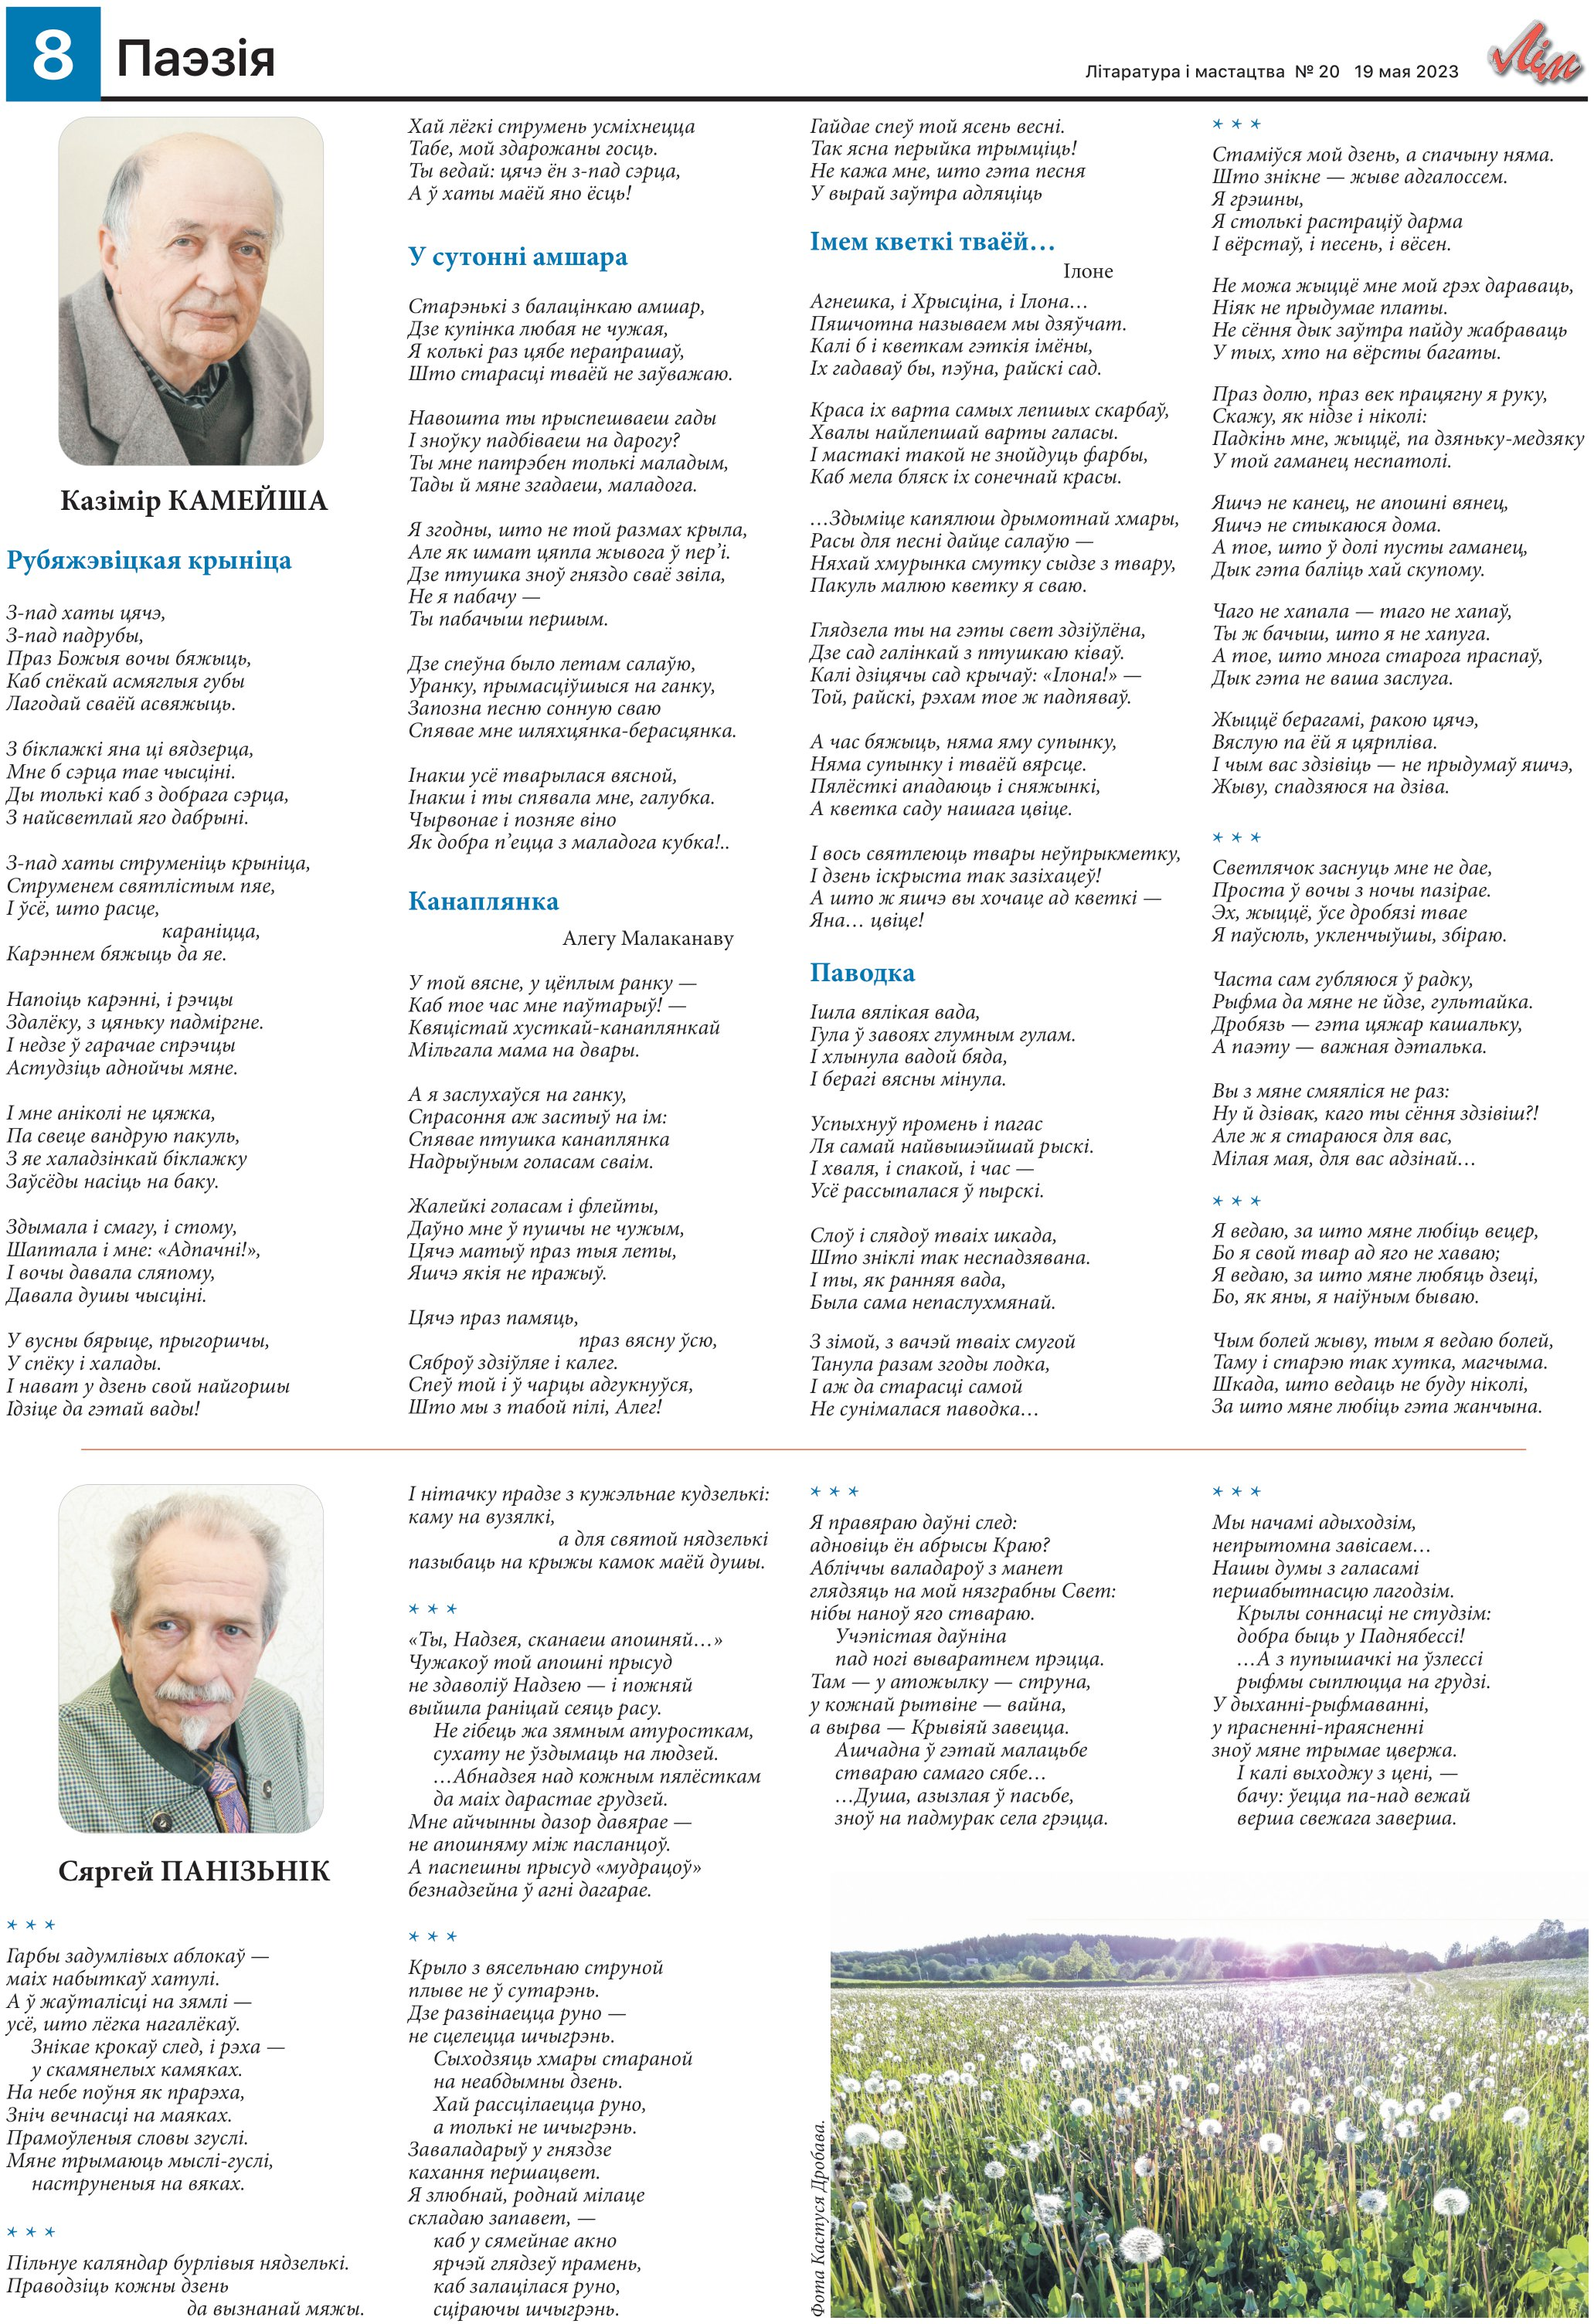
Language: be